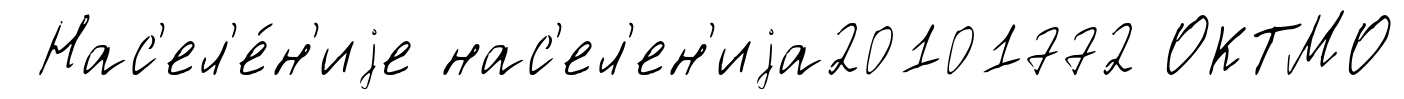
Нас'ел'е́н'иjе нас'ел'ен'иjа20101772 ОКТМО